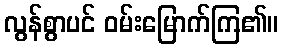
လွန်စွာပင် ဝမ်းမြောက်ကြ၏။